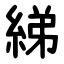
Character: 綈